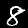
Digit: 8